Leningradi_Edasi_toimetus, lk 60
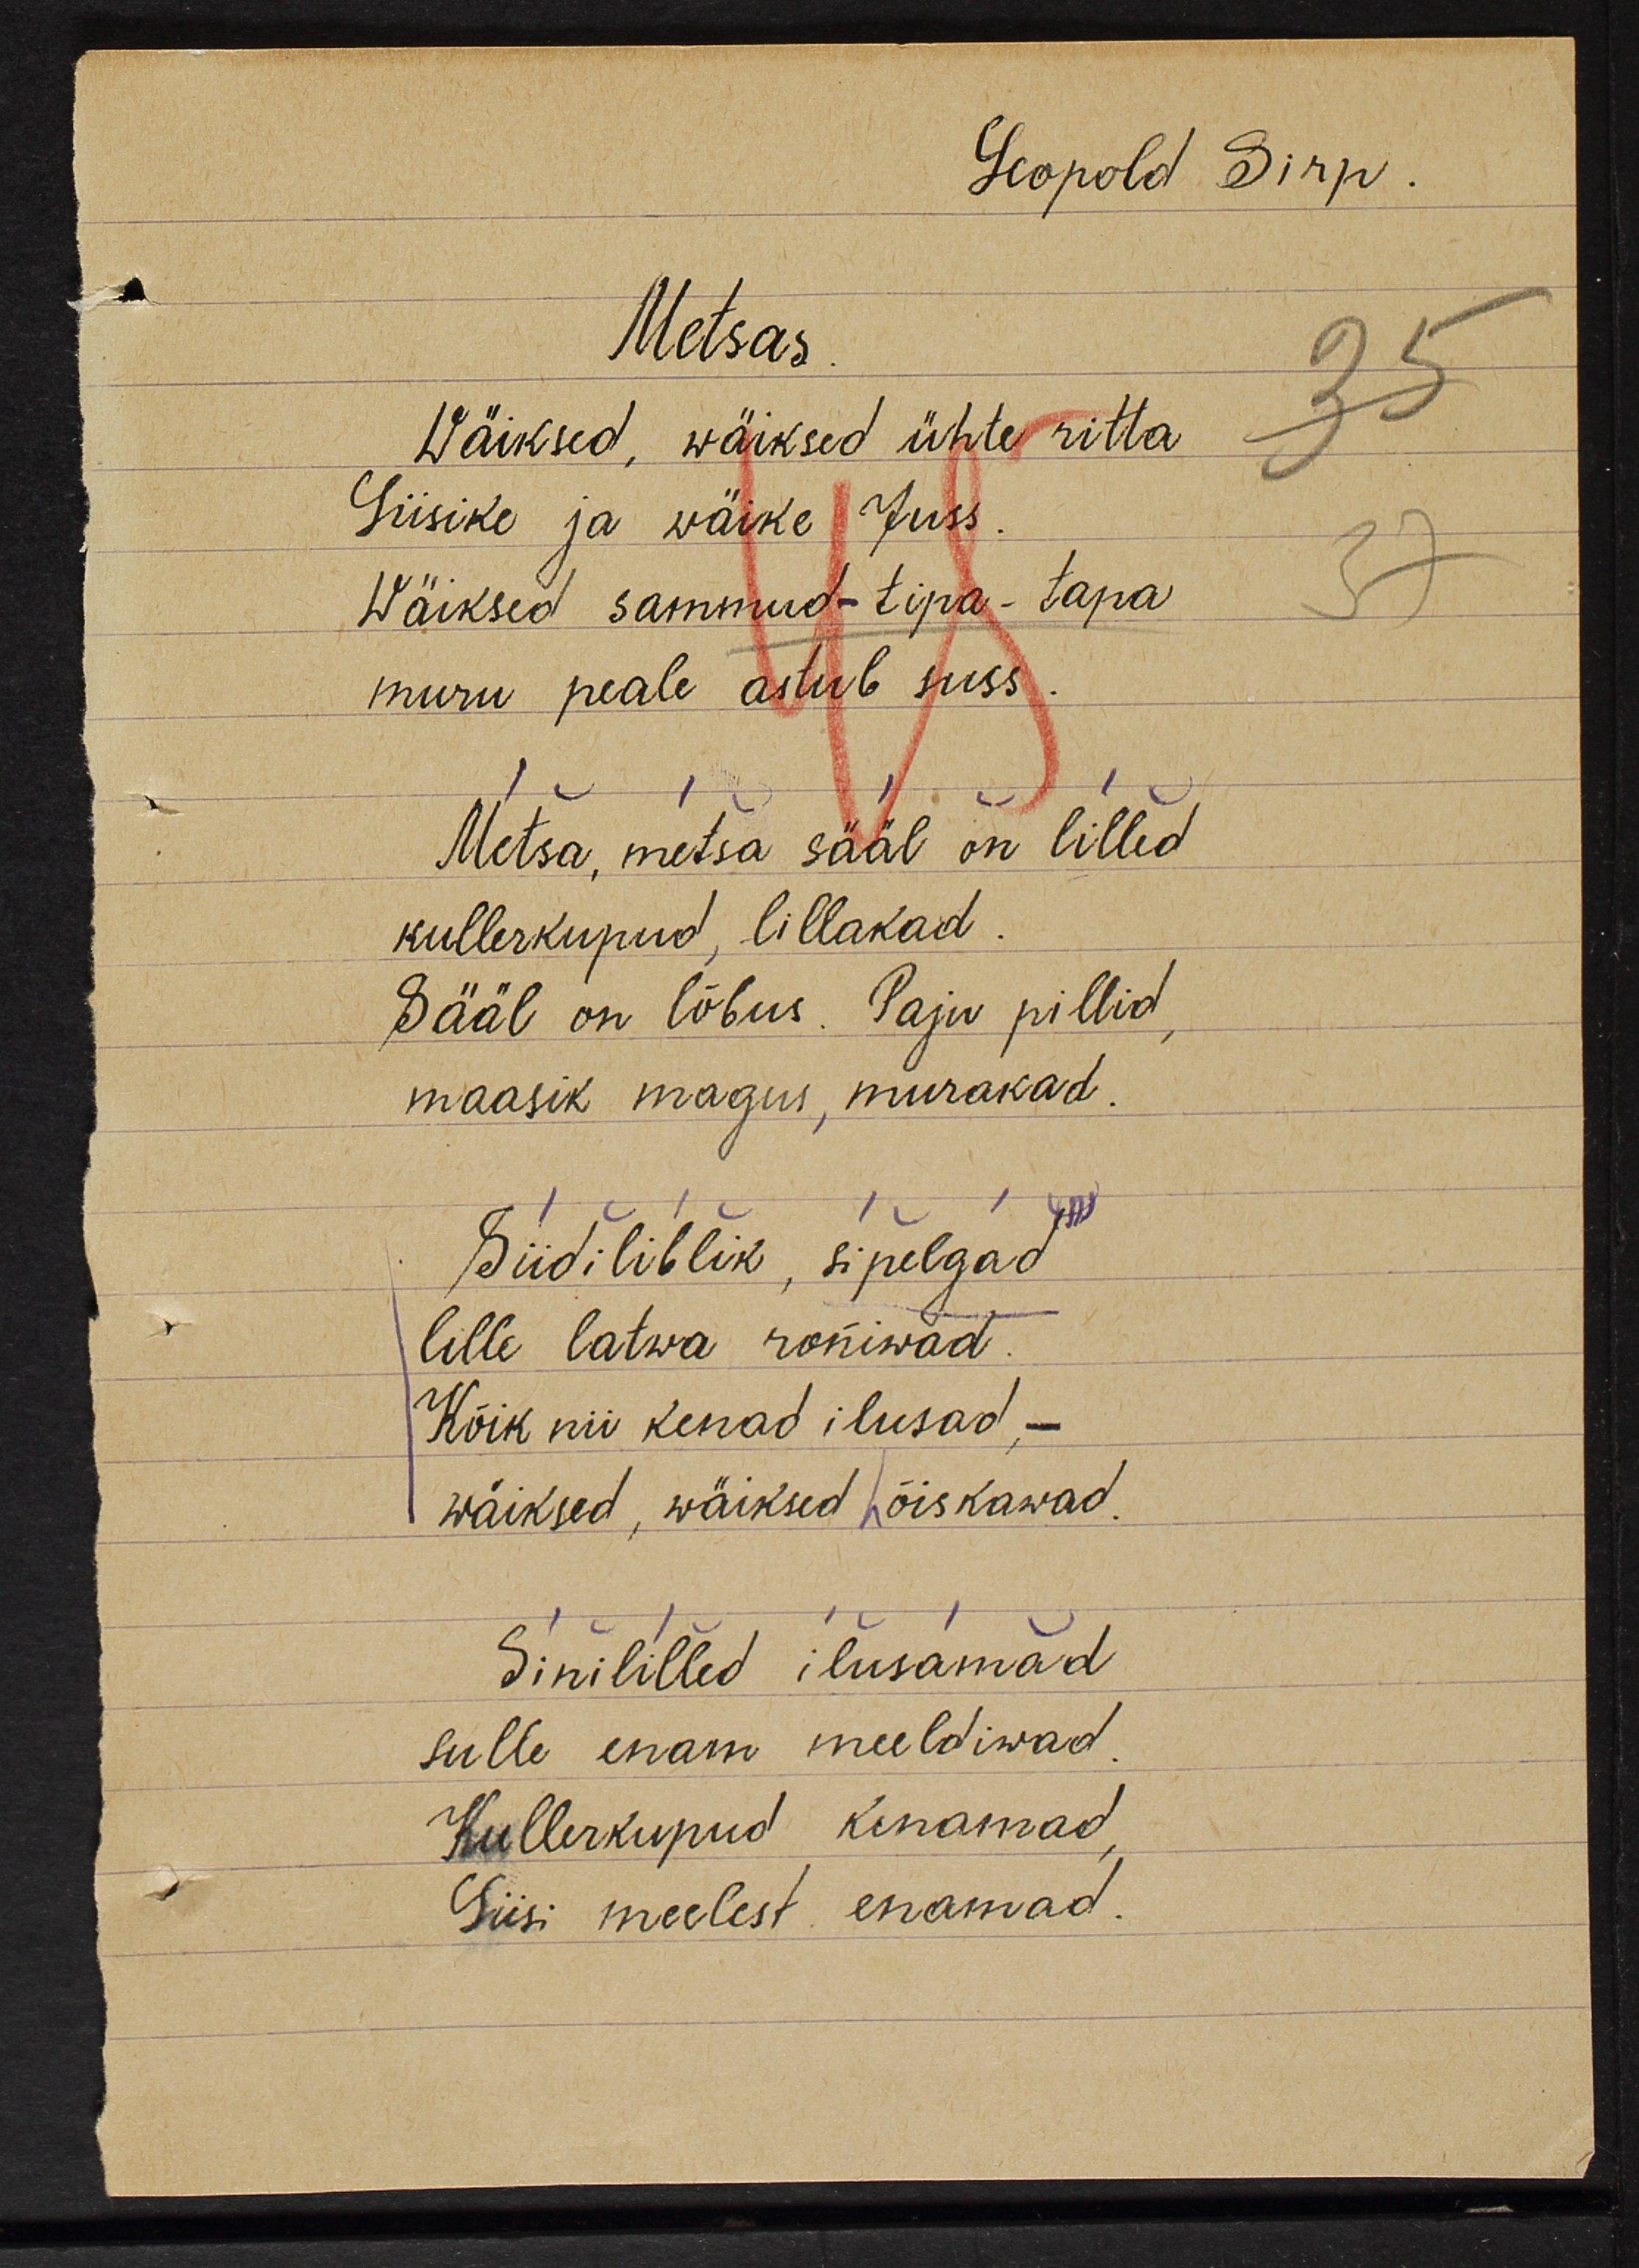
Leopold Sirp
Metsas
Wäiksed, wäiksed ühte ritta
Siisike ja wäike Juss.
Wäiksed sammud - tipa-tapa
muru peale astub suss.
Metsa, metsa sääl on lilled
kullerkupud, lillakad.
Sääl on lõbrus. Paju pillid,
maasik magus, murakad.
Siidiliblik, sipelgad
lille latwa roniwad.
Kõik nii kenad ilusad -
wäiksed, wäiksed hõiskawad.
Sinililled ilusamad
sulle enam meeldiwad.
Kullerkupud kenamad,
Siisi meelest enamad.